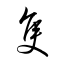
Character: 隻